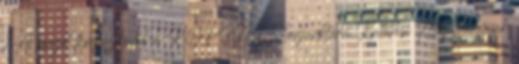
1 A fejezet támaszkodik a KOPINT Konjunktúra Kutatási Alapítványnak